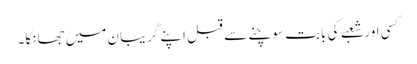
کسی اور شعبے کی بابت سوچنے سے قبل اپنے گریبان میں جھانکا۔